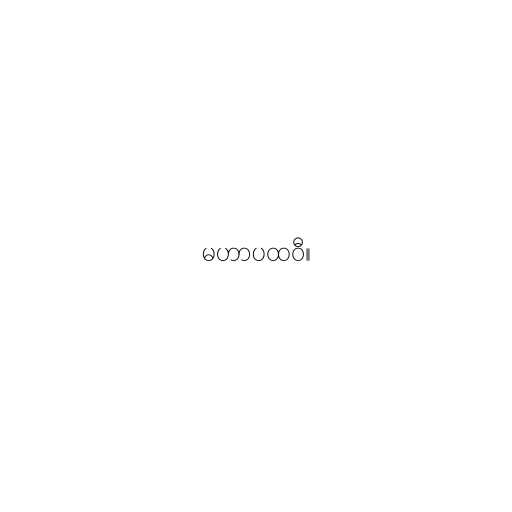
မဟာပထဝီ။